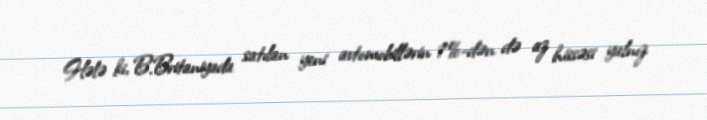
Hələ ki, B.Britaniyada satılan yeni avtomobillərin 1%-dən də az hissəsi yalnız